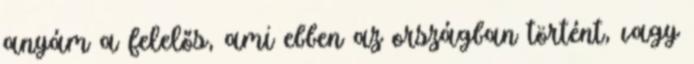
anyám a felelős, ami ebben az országban történt, vagy